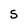
Character: S